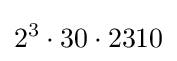
2^{3}\cdot 30\cdot 2310